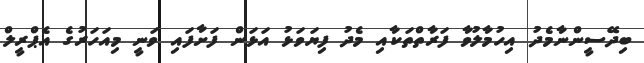
ބިދޭސީންނާމެދު އިހުމާލުވާ ފަރާތްތަކާއި މެދު ފިޔަވަޅު އަޅަން ފަށާފައި ވަނީ މިއަހަރުގެ އެޕްރީލް